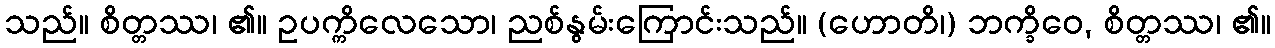
သည်။ စိတ္တဿ၊ ၏။ ဥပက္ကိလေသော၊ ညစ်နွမ်းကြောင်းသည်။ (ဟောတိ၊) ဘက္ခိဝေ, စိတ္တဿ၊ ၏။